Vaccination United Provinces of Agra and Oudh 1914-1922 - 1914-1922
Year: 1914
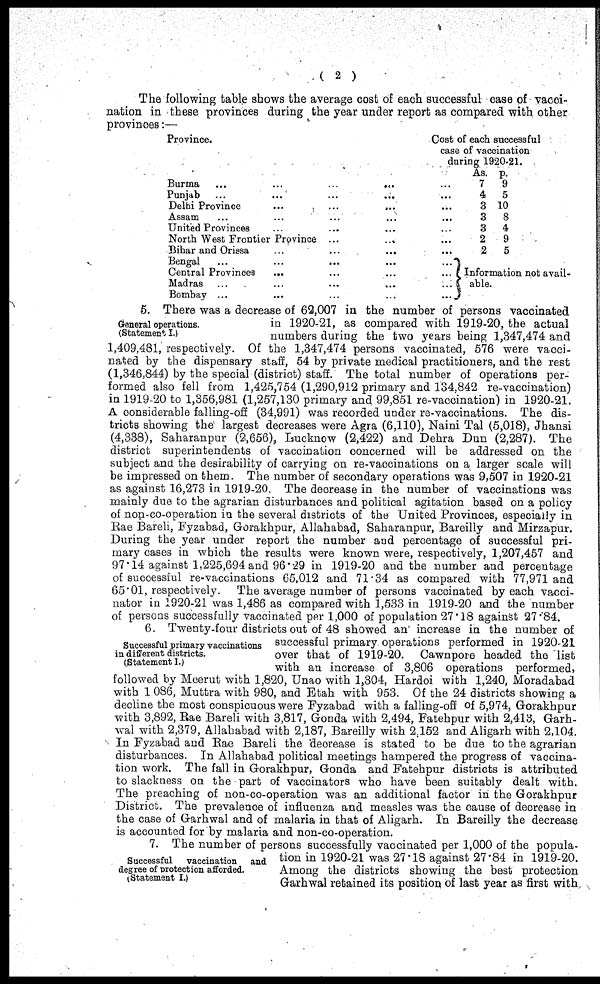
( 2 )
The following table shows the average cost of each successful case of vacci-
nation in these provinces during the year under report as compared with other
provinces:—
Province.
Burma
...
...
...
...
Punjab ... ... ... ...
Delhi Province ... ... ...
Assam ... ... ...
United Provinces ... ... ...
North West Frontier Province
...
...
Bihar and Orissa
Bengal ... ... ... ...
Central Provinces
...
Madras ... ... ...
Bombay ... ... ... ...
Cost of each successful
case of vaccination
during 1920-21.
As.
7
4
3
3
3
2
2
p.
9
5
10
8
4
9
5
Information not avail-
able.
General operations.
(Statement I.)
5. There was a decrease of 62,007 in the number of persons vaccinated
in 1920-21, as compared with 1919-20, the actual
numbers during the two years being 1,347,474 and
1,409,481, respectively. Of the 1,347,474 persons vaccinated, 576 were vacci-
nated by the dispensary staff, 54 by private medical practitioners, and the rest
(1,346,844) by the special (district) staff. The total number of operations per-
formed also fell from 1,425,754 (1,290,912 primary and 134,842 re-vaccination)
in 1919-20 to 1,356,981 (1,257,130 primary and 99,851 re-vaccination) in 1920-21.
A considerable falling-off (34,991) was recorded under re-vaccinations. The dis-
tricts showing the largest decreases were Agra (6,110), Naini Tal (5,018), Jhansi
(4,338), Saharanpur (2,656), Lucknow (2,422) and Dehra Dun (2,287). The
district superintendents of vaccination concerned will be addressed on the
subject and the desirability of carrying on re-vaccinations on a larger scale will
be impressed on them. The number of secondary operations was 9,507 in 1920-21
as against 16,273 in 1919-20. The decrease in the number of vaccinations was
mainly due to the agrarian disturbances and political agitation based on a policy
of non-co-operation in the several districts of the United Provinces, especially in
Rae Bareli, Fyzabad, Gorakhpur, Allahabad, Saharanpur, Bareilly and Mirzapur.
During the year under report the number and percentage of successful pri-
mary cases in which the results were known were, respectively, 1,207,457 and
97.14 against 1,225,694 and 96.29 in 1919-20 and the number and percentage
of successful re-vaccinations 65,012 and 71.34 as compared with 77,971 and
65.01, respectively. The average number of persons vaccinated by each vacci-
nator in 1920-21 was 1,486 as compared with 1,533 in 1919-20 and the number
of persons successfully vaccinated per 1,000 of population 27.18 against 27.84.
Successful primary vaccinations
in different districts.
(Statement I.)
6. Twenty-four districts out of 48 showed an' increase in the number of
successful primary operations performed in 1920-21
over that of 1919-20. Cawnpore headed the list
with an increase of 3,806 operations performed,
followed by Meerut with 1,820, Unao with 1,304, Hardoi with 1,240. Moradabad
with 1 086, Muttra with 980, and Etah with 953. Of the 24 districts showing a
decline the most conspicuous were Fyzabad with a falling-off of 5,974, Gorakhpur
with 3,892, Rae Bareli with 3,817, Gonda with 2,494, Fatehpur with 2,413, Garh-
wal with 2,379, Allahabad with 2,187, Bareilly with 2.152 and Aligarh with 2,104.
In Fyzabad and Rae Bareli the decrease is stated to be due to the agrarian
disturbances. In Allahabad political meetings hampered the progress of vaccina-
tion work. The fall in Gorakhpur, Gonda and Fatehpur districts is attributed
to slackness on the part of vaccinators who have been suitably dealt with.
The preaching of non-co-operation was an additional factor in the Gorakhpur
District. The prevalence of influenza and measles was the cause of decrease in
the case of Garhwal and of malaria in that of Aligarh. In Bareilly the decrease
is accounted for by malaria and non-co-operation.
Successful
vaccination and
degree of protection afforded.
(Statement I.)
7. The number of persons successfully vaccinated per 1,000 of the popula-
tion in 1920-21 was 27.18 against 27.84 in 1919-20.
Among the districts showing the best protection
Garhwal retained its position of last year as first with